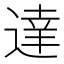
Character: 達